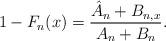
LaTeX: \begin{align*} 1-F_{n}(x)=\frac{\hat{A}_n+B_{n,x}}{A_n+B_n}.\end{align*}